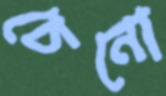
চেনো